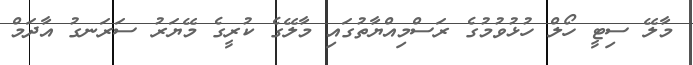
މާލޭ ސިޓީ ހޯލް ހުޅުވުމުގެ ރަސްމިއްޔާތުގައި މާލޭގެ ކުރީގެ މޭޔަރު ސަރަނގު އާދަމް